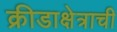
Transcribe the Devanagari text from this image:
क्रीडाक्षेत्राची